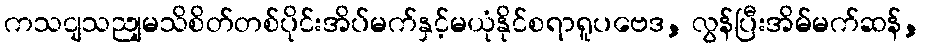
ကသငျသညျမသိစိတ်တစ်ပိုင်းအိပ်မက်နှင့်မယုံနိုင်စရာရူပဗေဒ, လွန်ပြီးအိမ်မက်ဆန်,